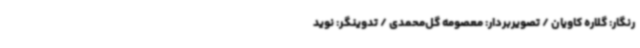
رنگار: گلاره کاویان / تصویربردار: معصومه گل‌محمدی / تدوینگر: نوید